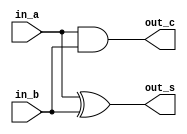
/* CSED273 lab4 experiment 1 */
/* lab4_1.v */
/* 20220100  */


/* Implement Half Adder
 * You may use keword "assign" and bitwise operator
 * or just implement with gate-level modeling*/
module halfAdder(
    input in_a,
    input in_b,
    output out_s,
    output out_c
    );

    ////////////////////////
    xor(out_s, in_a, in_b);
    and(out_c, in_a, in_b);
    ////////////////////////

endmodule

/* Implement Full Adder
 * You must use halfAdder module
 * You may use keword "assign" and bitwise operator
 * or just implement with gate-level modeling*/
module fullAdder(
    input in_a,
    input in_b,
    input in_c,
    output out_s,
    output out_c
    );

    ////////////////////////
    wire A, B, C;
    halfAdder HA1 (in_a, in_b, A, B);
    halfAdder HA2 (A, in_c, out_s, C);
    or(out_c, B, C);
    ////////////////////////

endmodule